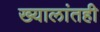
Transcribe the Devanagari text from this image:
ख्यालांतही